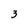
Character: 3